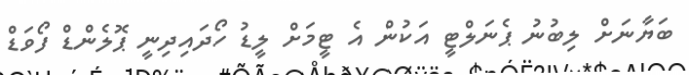
ބަޔާނަށް ލިބުނު ޕެނަލްޓީ އަކުން އެ ޓީމަށް ލީޑު ހޯދައިދިނީ ޕޮލެންޑް ފޯވަޑް